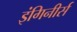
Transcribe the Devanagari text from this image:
इंगिनीर्स